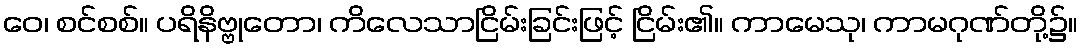
ဝေ၊ စင်စစ်။ ပရိနိဗ္ဗုတော၊ ကိလေသာငြိမ်းခြင်းဖြင့် ငြိမ်း၏။ ကာမေသု၊ ကာမဂုဏ်တို့၌။